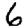
Digit: 6